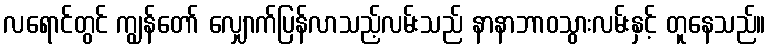
လရောင်တွင် ကျွန်တော် လျှောက်ပြန်လာသည့်လမ်းသည် နာနာဘာဝသွားလမ်းနှင့် တူနေသည်။